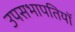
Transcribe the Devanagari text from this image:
उपसभापतियॉ